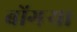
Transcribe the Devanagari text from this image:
बोंगऱ्या